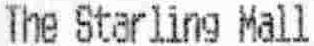
THE STARLING MALL